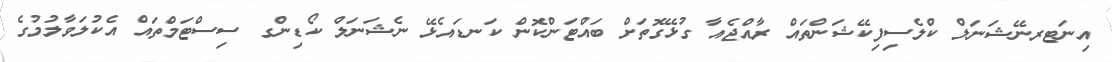
އިނަޓރނޭޝަނަލް ކްލެސިފިކޭޝަންތައް ރާއްޖެއާ ގުޅޭގޮތަށް ބައްޓަންކޮން ކަނޑައެޅޭ ނެޝަނަލް ކޯޑިންގ ސިސްޓަމްތައް އެކުލަވާލުމުގެ